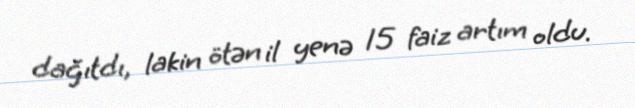
dağıtdı, lakin ötən il yenə 15 faiz artım oldu.